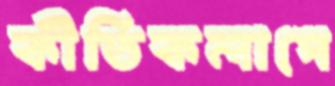
কীর্তিকলাপে